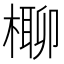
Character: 𣘪